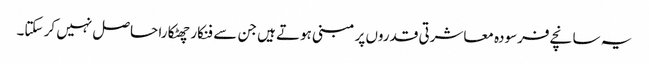
یہ سانچے فرسودہ معاشرتی قدروں پر مبنی ہوتے ہیں جن سے فنکار چھٹکارا حاصل نہیں کر سکتا۔